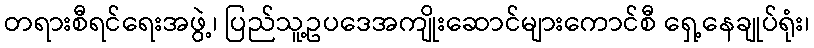
တရားစီရင်ရေးအဖွဲ့၊ ပြည်သူ့ဥပဒေအကျိုးဆောင်များကောင်စီ ရှေ့နေချုပ်ရုံး၊